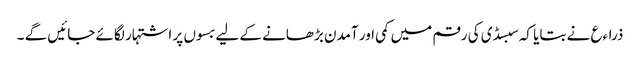
ذراءع نے بتایا کہ سبسڈی کی رقم میں کمی اور آمدن بڑھانے کے لیے بسوں پر اشتہار لگائے جائیں گے ۔